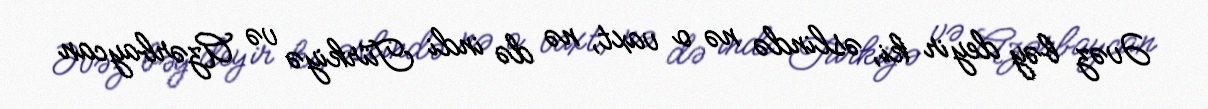
Əvəz bəy deyir ki, əslində nə o vaxt, nə də indi Türkiyə və Azərbaycan